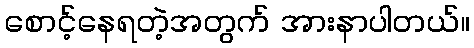
စောင့်နေရတဲ့အတွက် အားနာပါတယ်။